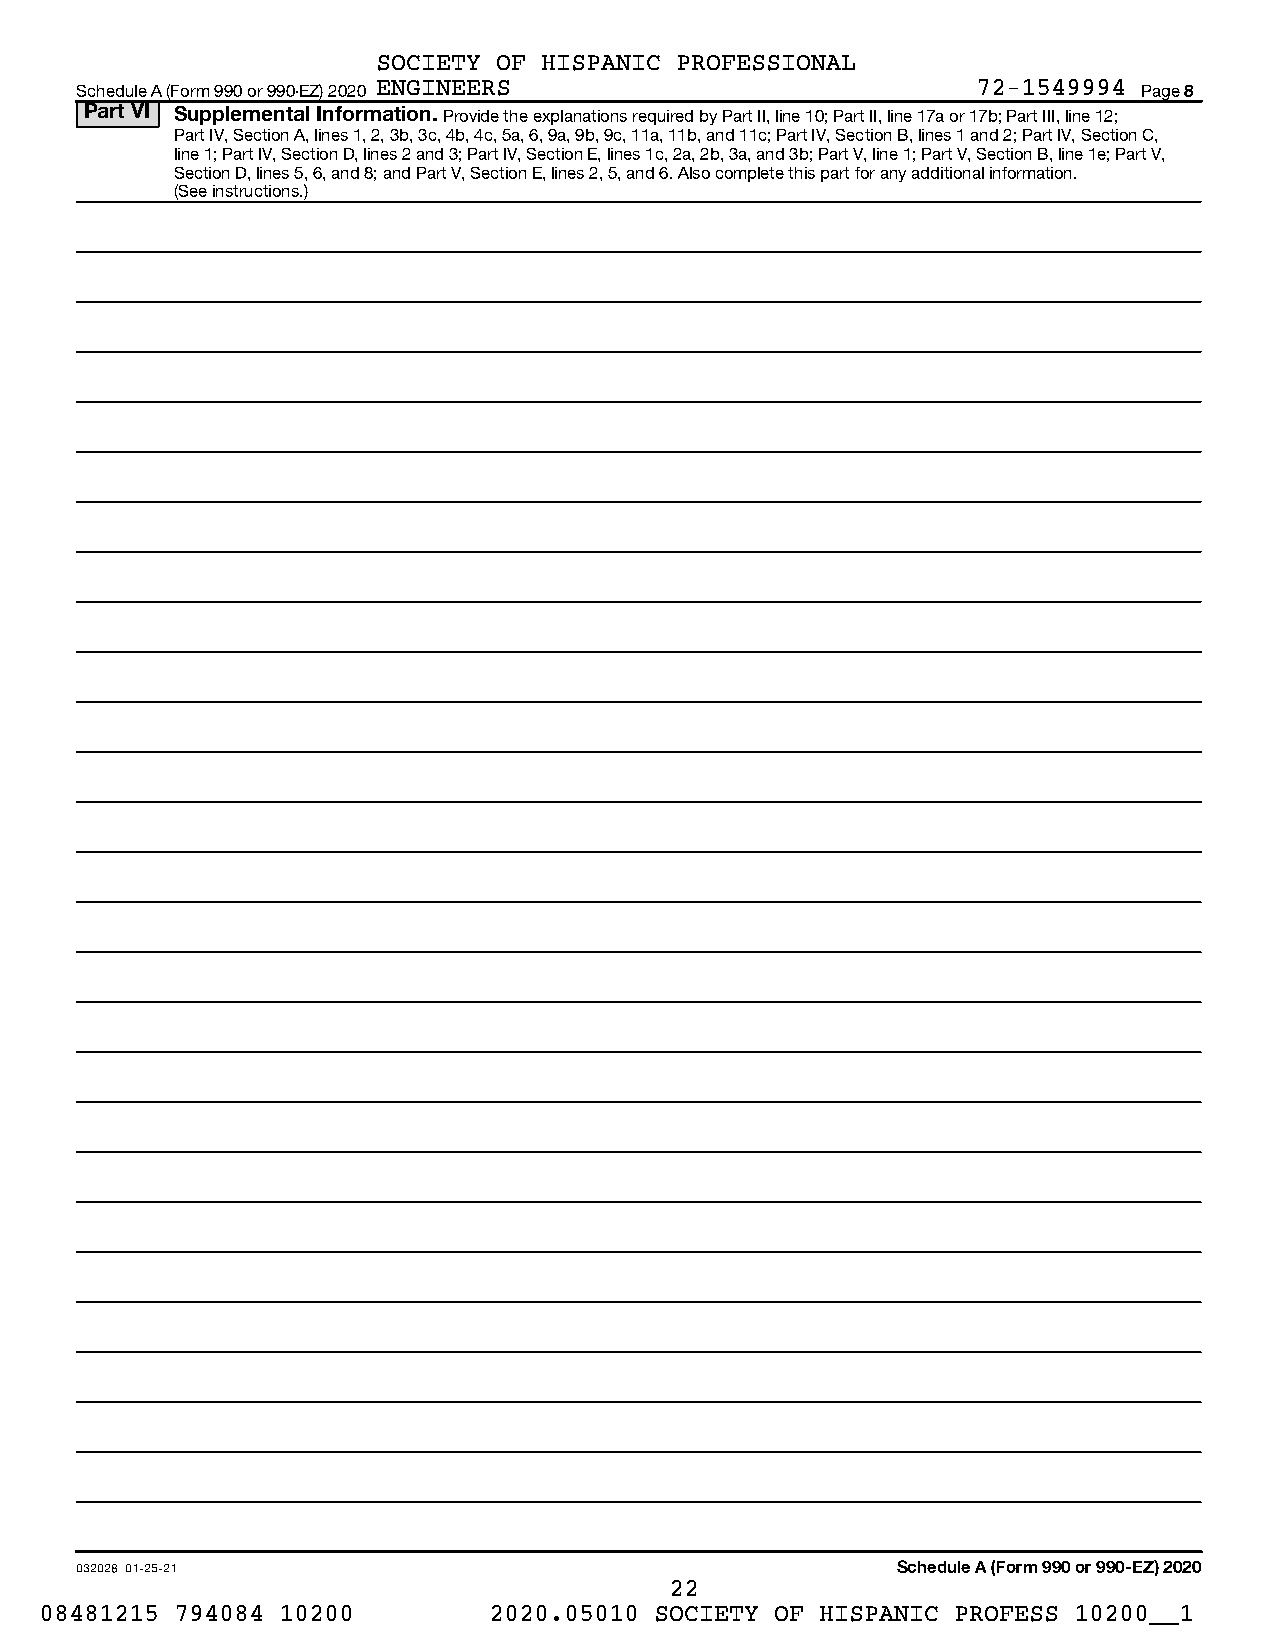
SOCIETY OF HISPANIC PROFESSIONAL
 Schedule A (Form 990 or 990-EZ) 2020 ENGINEERS              72-1549994 Page 8
 Part VI Supplemental Information. Provide the explanations required by Part II, line 10; Part II, line 17a or 17b; Part III, line 12;
 Part IV, Section A, lines 1, 2, 3b, 3c, 4b, 4c, 5a, 6, 9a, 9b, 9c, 11a, 11b, and 11c; Part IV, Section B, lines 1 and 2; Part IV, Section C,
 line 1; Part IV, Section D, lines 2 and 3; Part IV, Section E, lines 1c, 2a, 2b, 3a, and 3b; Part V, line 1; Part V, Section B, line 1e; Part V,
 Section D, lines 5, 6, and 8; and Part V, Section E, lines 2, 5, and 6. Also complete this part for any additional information.
 (See instructions.)
 032028 01-25-21                                       Schedule A (Form 990 or 990-EZ) 2020
 22
 08481215 794084 10200        2020.05010 SOCIETY OF HISPANIC PROFESS 10200__1